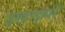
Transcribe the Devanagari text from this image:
इखाइयाँ